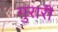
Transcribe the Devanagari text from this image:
गुरारी